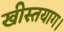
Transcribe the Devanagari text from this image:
खीस्तयाग।